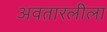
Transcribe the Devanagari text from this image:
अवतारलीला